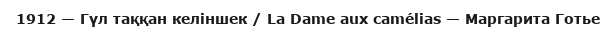
1912 — Гүл таққан келіншек / La Dame aux camélias — Маргарита Готье